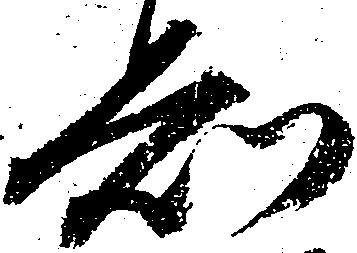
知